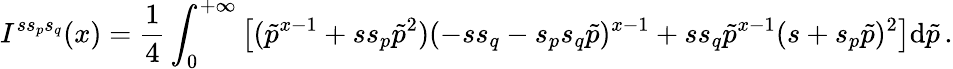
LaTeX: I^{ss_{p}s_{q}}(x)=\frac{1}{4}\int_{0}^{+\infty}\left[({\tilde{p}}^{x-1}+ss_{p}{\tilde{p}}^{2})(-ss_{q}-s_{p}s_{q}\tilde{p})^{x-1}+ss_{q}{\tilde{p}}^{x-1}(s+s_{p}\tilde{p})^{2}\right]\mathrm{d}{\tilde{p}}\, .